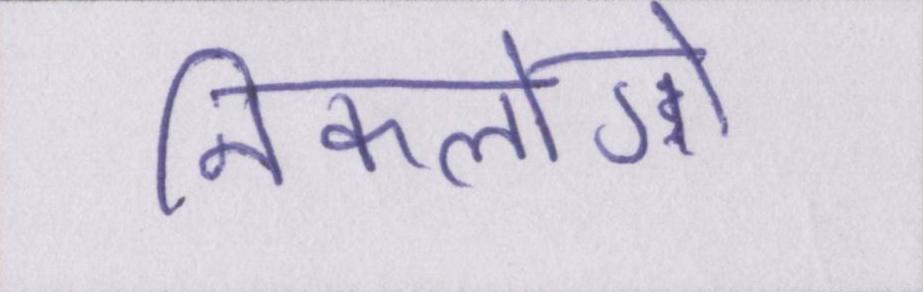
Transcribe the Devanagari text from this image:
निकलोगे